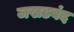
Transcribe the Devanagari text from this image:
जखडबंद